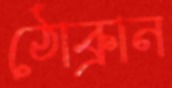
ঠোক্‌রান